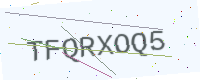
Text: TFQRXOQ5